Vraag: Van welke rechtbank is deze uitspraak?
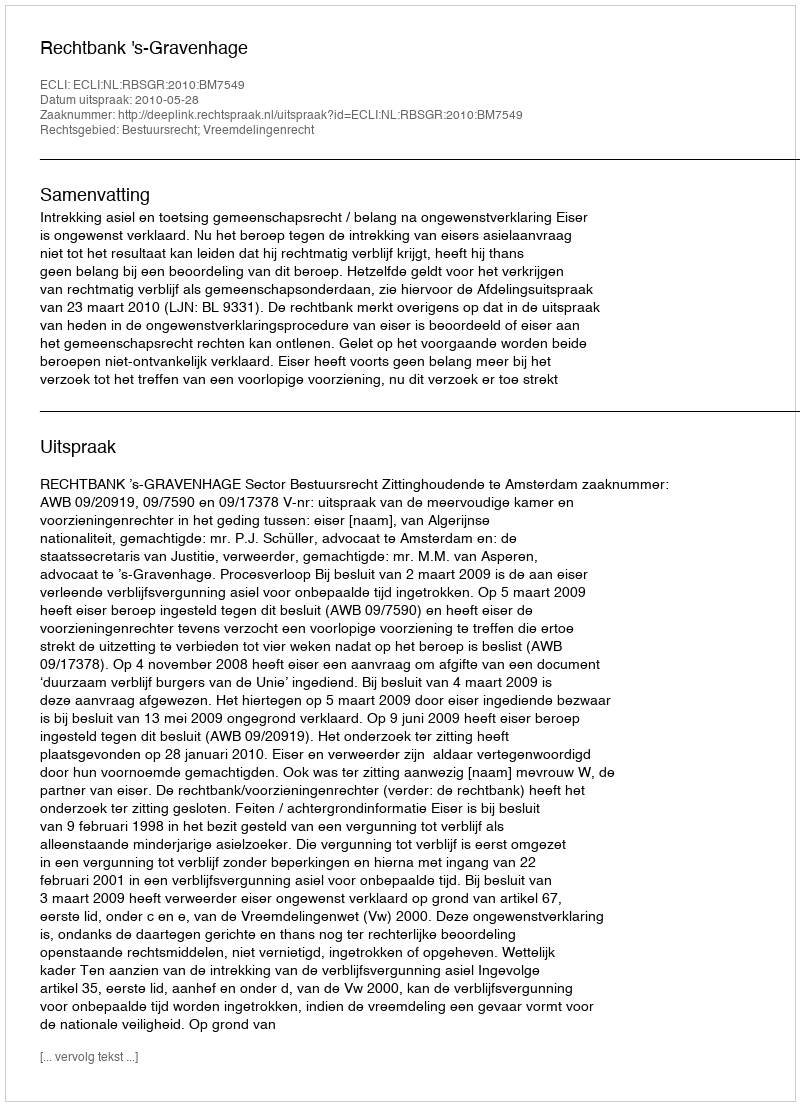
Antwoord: Rechtbank 's-Gravenhage